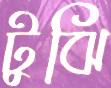
টুঝি